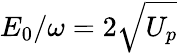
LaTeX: E_{0}/\omega=2\sqrt{U_{p}}